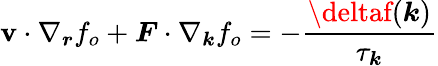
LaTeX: \boldsymbol{\mathbf{v}}\cdot\nabla_{\boldsymbol{r}}f_{o}+\boldsymbol{F}\cdot\nabla_{\boldsymbol{k}}f_{o}=-\frac{{\deltaf(\boldsymbol{k})}}{{\tau_{\boldsymbol{k}}}}